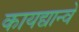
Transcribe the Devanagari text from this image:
कायद्यान्वे